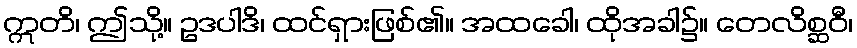
ဣတိ၊ ဤသို့။ ဥဒပါဒိ၊ ထင်ရှားဖြစ်၏။ အထခေါ၊ ထိုအခါ၌။ တေလိစ္ဆဝီ၊